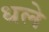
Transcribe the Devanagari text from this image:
धले